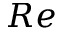
R e